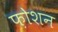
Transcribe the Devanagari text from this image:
फ़ोशन